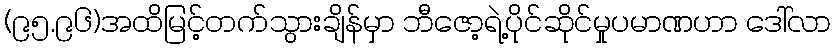
(၉၅.၉၆)အထိမြင့်တက်သွားချိန်မှာ ဘီဇော့ရဲ့ပိုင်ဆိုင်မှုပမာဏဟာ ဒေါ်လာ